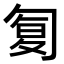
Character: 𠣴